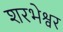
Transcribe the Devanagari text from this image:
शरभेश्वर